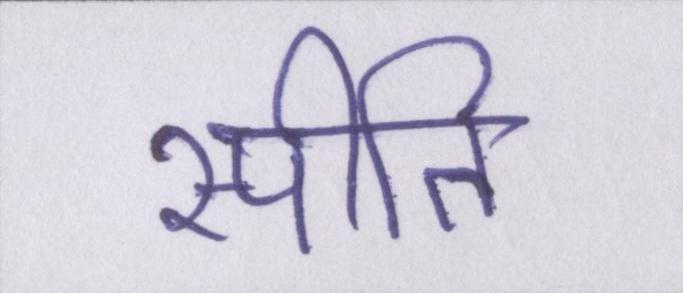
स्पीति